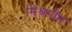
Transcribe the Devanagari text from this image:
मिश्रगीत